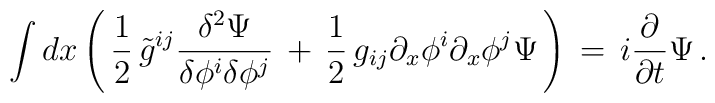
\int dx \left(\, {1\over 2}\, \tilde{g}^{ij}{\delta^2 \Psi \over \delta \phi^i \delta \phi^j}\, +\, {1\over 2}\, g_{ij}\partial_x \phi^i \partial_x \phi^j\Psi \, \right)\, =\,i {\partial \over \partial t} \Psi\, .